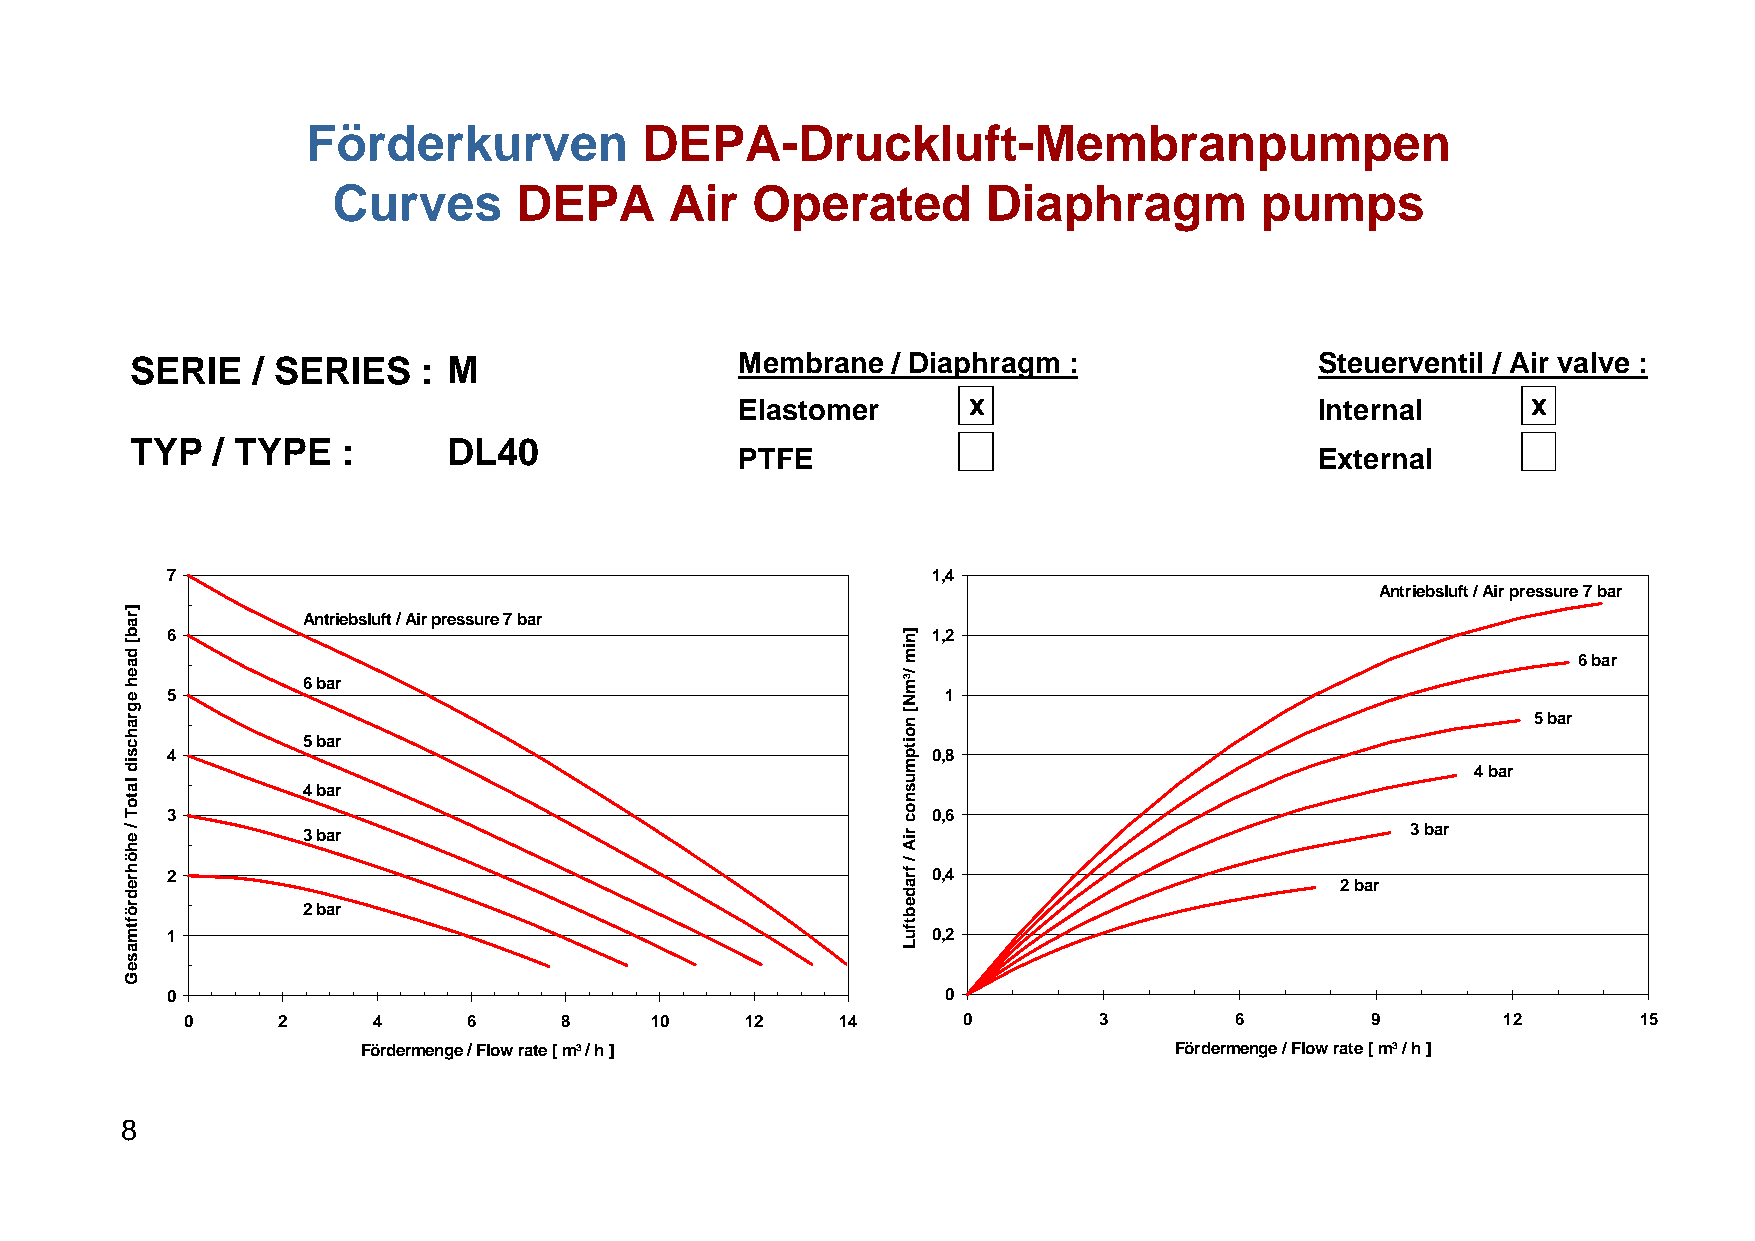
Förderkurven           DEPA-Druckluft-Membranpumpen
 Curves      DEPA      Air   Operated       Diaphragm         pumps
 SERIE   / SERIES   : M                  Membrane  / Diaphragm :               Steuerventil / Air valve :
 Elastomer      x                      Internal      x
 TYP  / TYPE   :      DL40
 PTFE                                  External
 7                                                  1,4
 Antriebsluft / Air pressure 7 bar
 Antriebsluft / Air pressure 7 bar
 6                                                  1,2
 6 bar
 6 bar
 5                                                   1
 5 bar
 5 bar
 4                                                  0,8
 4 bar
 4 bar
 3                                                  0,6
 3 bar                                                                    3 bar
 2                                                  0,4
 2 bar
 2 bar
 1                                                  0,2
 0                                                   0
 0     2      4     6     8     10    12     14      0        3        6        9       12        15
 Fördermenge / Flow rate [ m³ / h ]                    Fördermenge / Flow rate [ m³ / h ]
 8
 ]rab[
 daeh
 egrahcsid
 latoT
 / ehöhredröftmaseG
 ]nim
 /³mN[
 noitpmusnoc
 riA
 /
 fradebtfuL